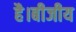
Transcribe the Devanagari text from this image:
है।बीजीय